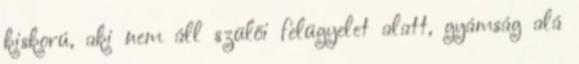
kiskorú, aki nem áll szülői felügyelet alatt, gyámság alá